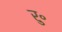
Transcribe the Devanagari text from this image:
रु॰